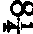
8¼